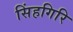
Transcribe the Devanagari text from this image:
सिंहगिरि